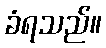
ခံရသည်။